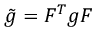
{ \tilde { g } } = F ^ { T } g F